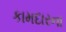
કામદારના